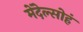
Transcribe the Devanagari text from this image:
मेंदेल्सोहं